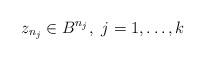
LaTeX: \begin{align*} z_{n_j} \in B^{n_j}, \,\, j = 1, \ldots, k\end{align*}